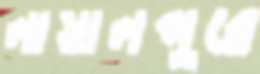
লায়ালপুরে